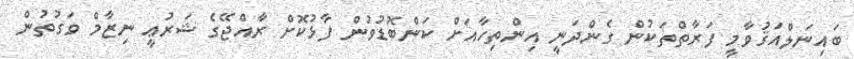
ބައިނަލްއަޤުވާމީ ފަރާތްތަކުން ގެންދަނީ އިންތިހާއަށް ކަންބޮޑުވުން ފާޅުކޮށް ރާއްޖޭގެ ޝަރުޢީ ނިޒާމް ވަގުތުން